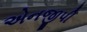
એનજીપી